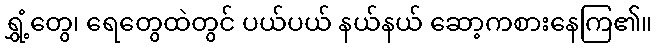
ရွှံ့တွေ၊ ရေတွေထဲတွင် ပယ်ပယ် နယ်နယ် ဆော့ကစားနေကြ၏။